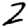
Digit: 2